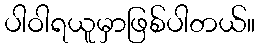
ပါဝါရယူမှာဖြစ်ပါတယ်။